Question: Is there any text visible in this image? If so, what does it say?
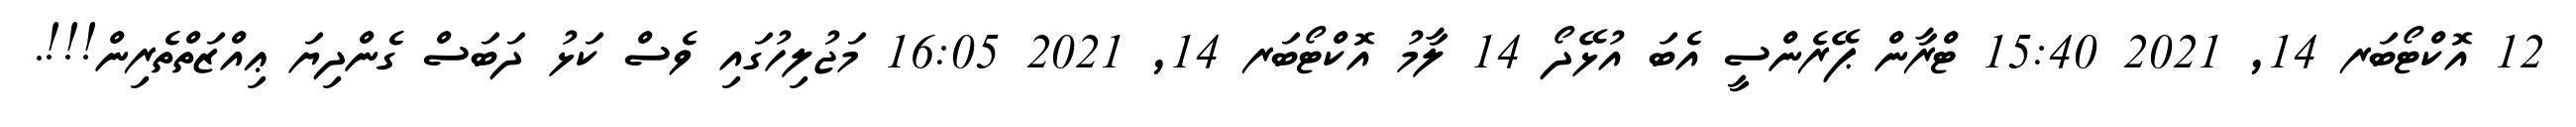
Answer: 12 އޮކްޓޯބަރ 14, 2021 15:40 ޓްރާން ޕޭރެންސީ އެބަ އުޅޭދޯ 14 ލާމު އޮކްޓޯބަރ 14, 2021 16:05 މަޖުލިހުގައި ވެސް ކަޅު ދަބަސް ގެންދިޔަ ޢިއްޒަތްތެރިން!!!.